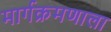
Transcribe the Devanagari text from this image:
मार्गक्रमणाला